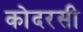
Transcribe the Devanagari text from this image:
कोदरसी